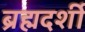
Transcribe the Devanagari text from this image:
ब्रह्मदर्शी